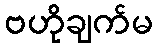
ဗဟိုချက်မ